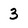
Character: 3